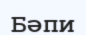
Бәпи